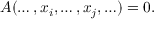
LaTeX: A ( \ldots , x _ { i } , \ldots , x _ { j } , \ldots ) = 0 .